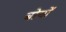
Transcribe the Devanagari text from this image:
बोयों